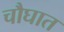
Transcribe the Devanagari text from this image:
चौघात